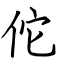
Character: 佗